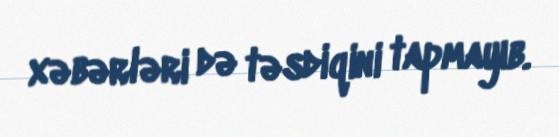
xəbərləri də təsdiqini tapmayıb.